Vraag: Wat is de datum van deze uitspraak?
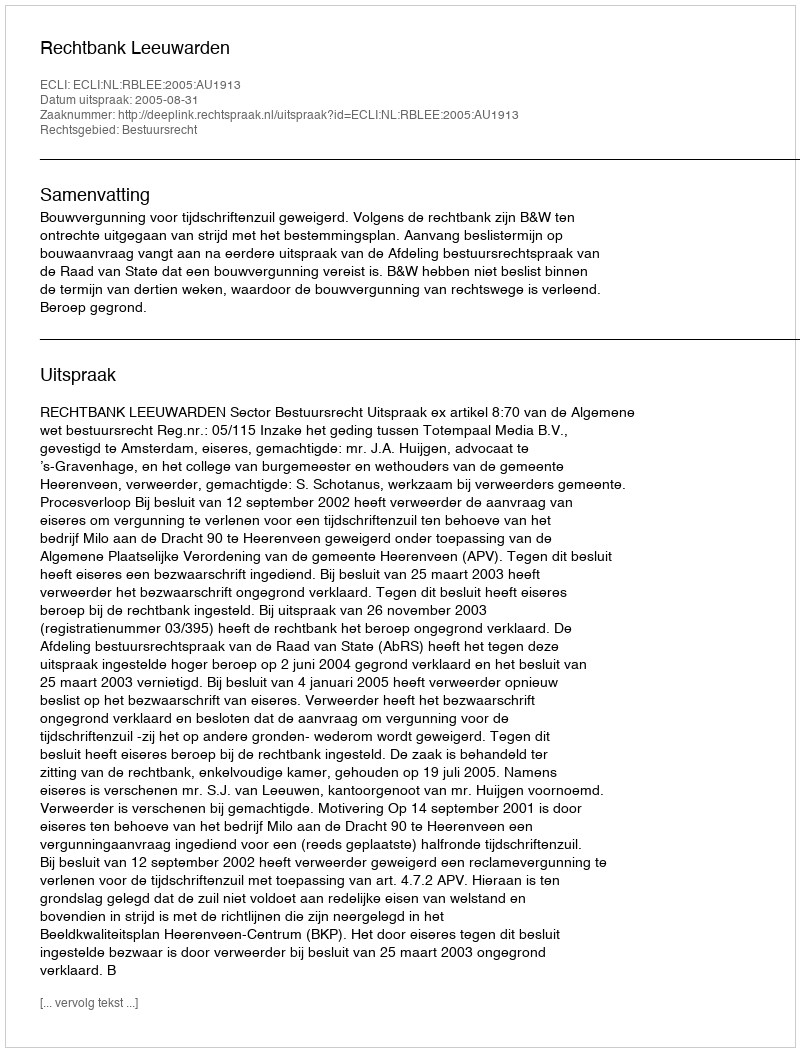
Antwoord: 2005-08-31